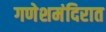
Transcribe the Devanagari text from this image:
गणेशमंदिरात